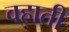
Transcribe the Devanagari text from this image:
वहाती